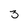
Character: 3